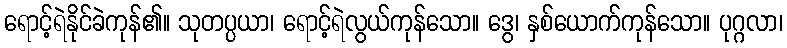
ရောင့်ရဲနိုင်ခဲကုန်၏။ သုတပ္ပယာ၊ ရောင့်ရဲလွယ်ကုန်သော။ ဒွေ၊ နှစ်ယောက်ကုန်သော။ ပုဂ္ဂလာ၊